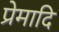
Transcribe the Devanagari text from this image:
प्रेमादि